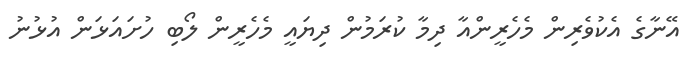
އޭނާގެ އެކުވެރިން މެހެރީންއާ ދިމާ ކުރަމުން ދިޔައީ މެހެރީން ލޯބި ހުށައަޅަން އުޅުނު